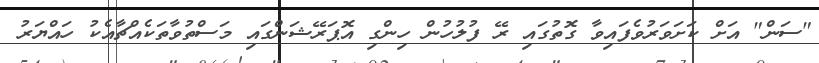
"ސަން" އަށް ކަށަވަރުވެފައިވާ ގޮތުގައި ރޭ ފުލުހުން ހިންގި އޮޕަރޭޝަންގައި މަސްތުވާތަކެއްޗާއެކު ހައްޔަރު